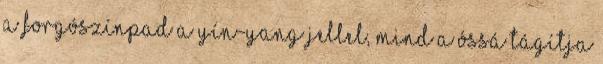
a forgószínpad a Yín-Yang jellel, mind a óssá tágítja